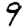
Digit: 9